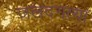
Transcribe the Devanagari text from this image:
जलदगत्या